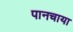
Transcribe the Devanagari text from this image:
पानचाया